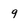
Character: 9